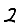
Digit: 2